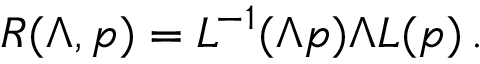
{ \cal R } ( \Lambda , p ) = L ^ { - 1 } ( \Lambda p ) \Lambda L ( p ) \, .